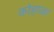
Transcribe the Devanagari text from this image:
कोहाळा